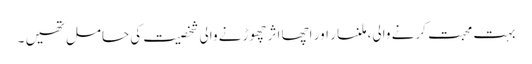
بہت محبت کرنے والی، ملنسار اور اچھا اثر چھوڑنے والی شخصیت کی حامل تھیں ۔